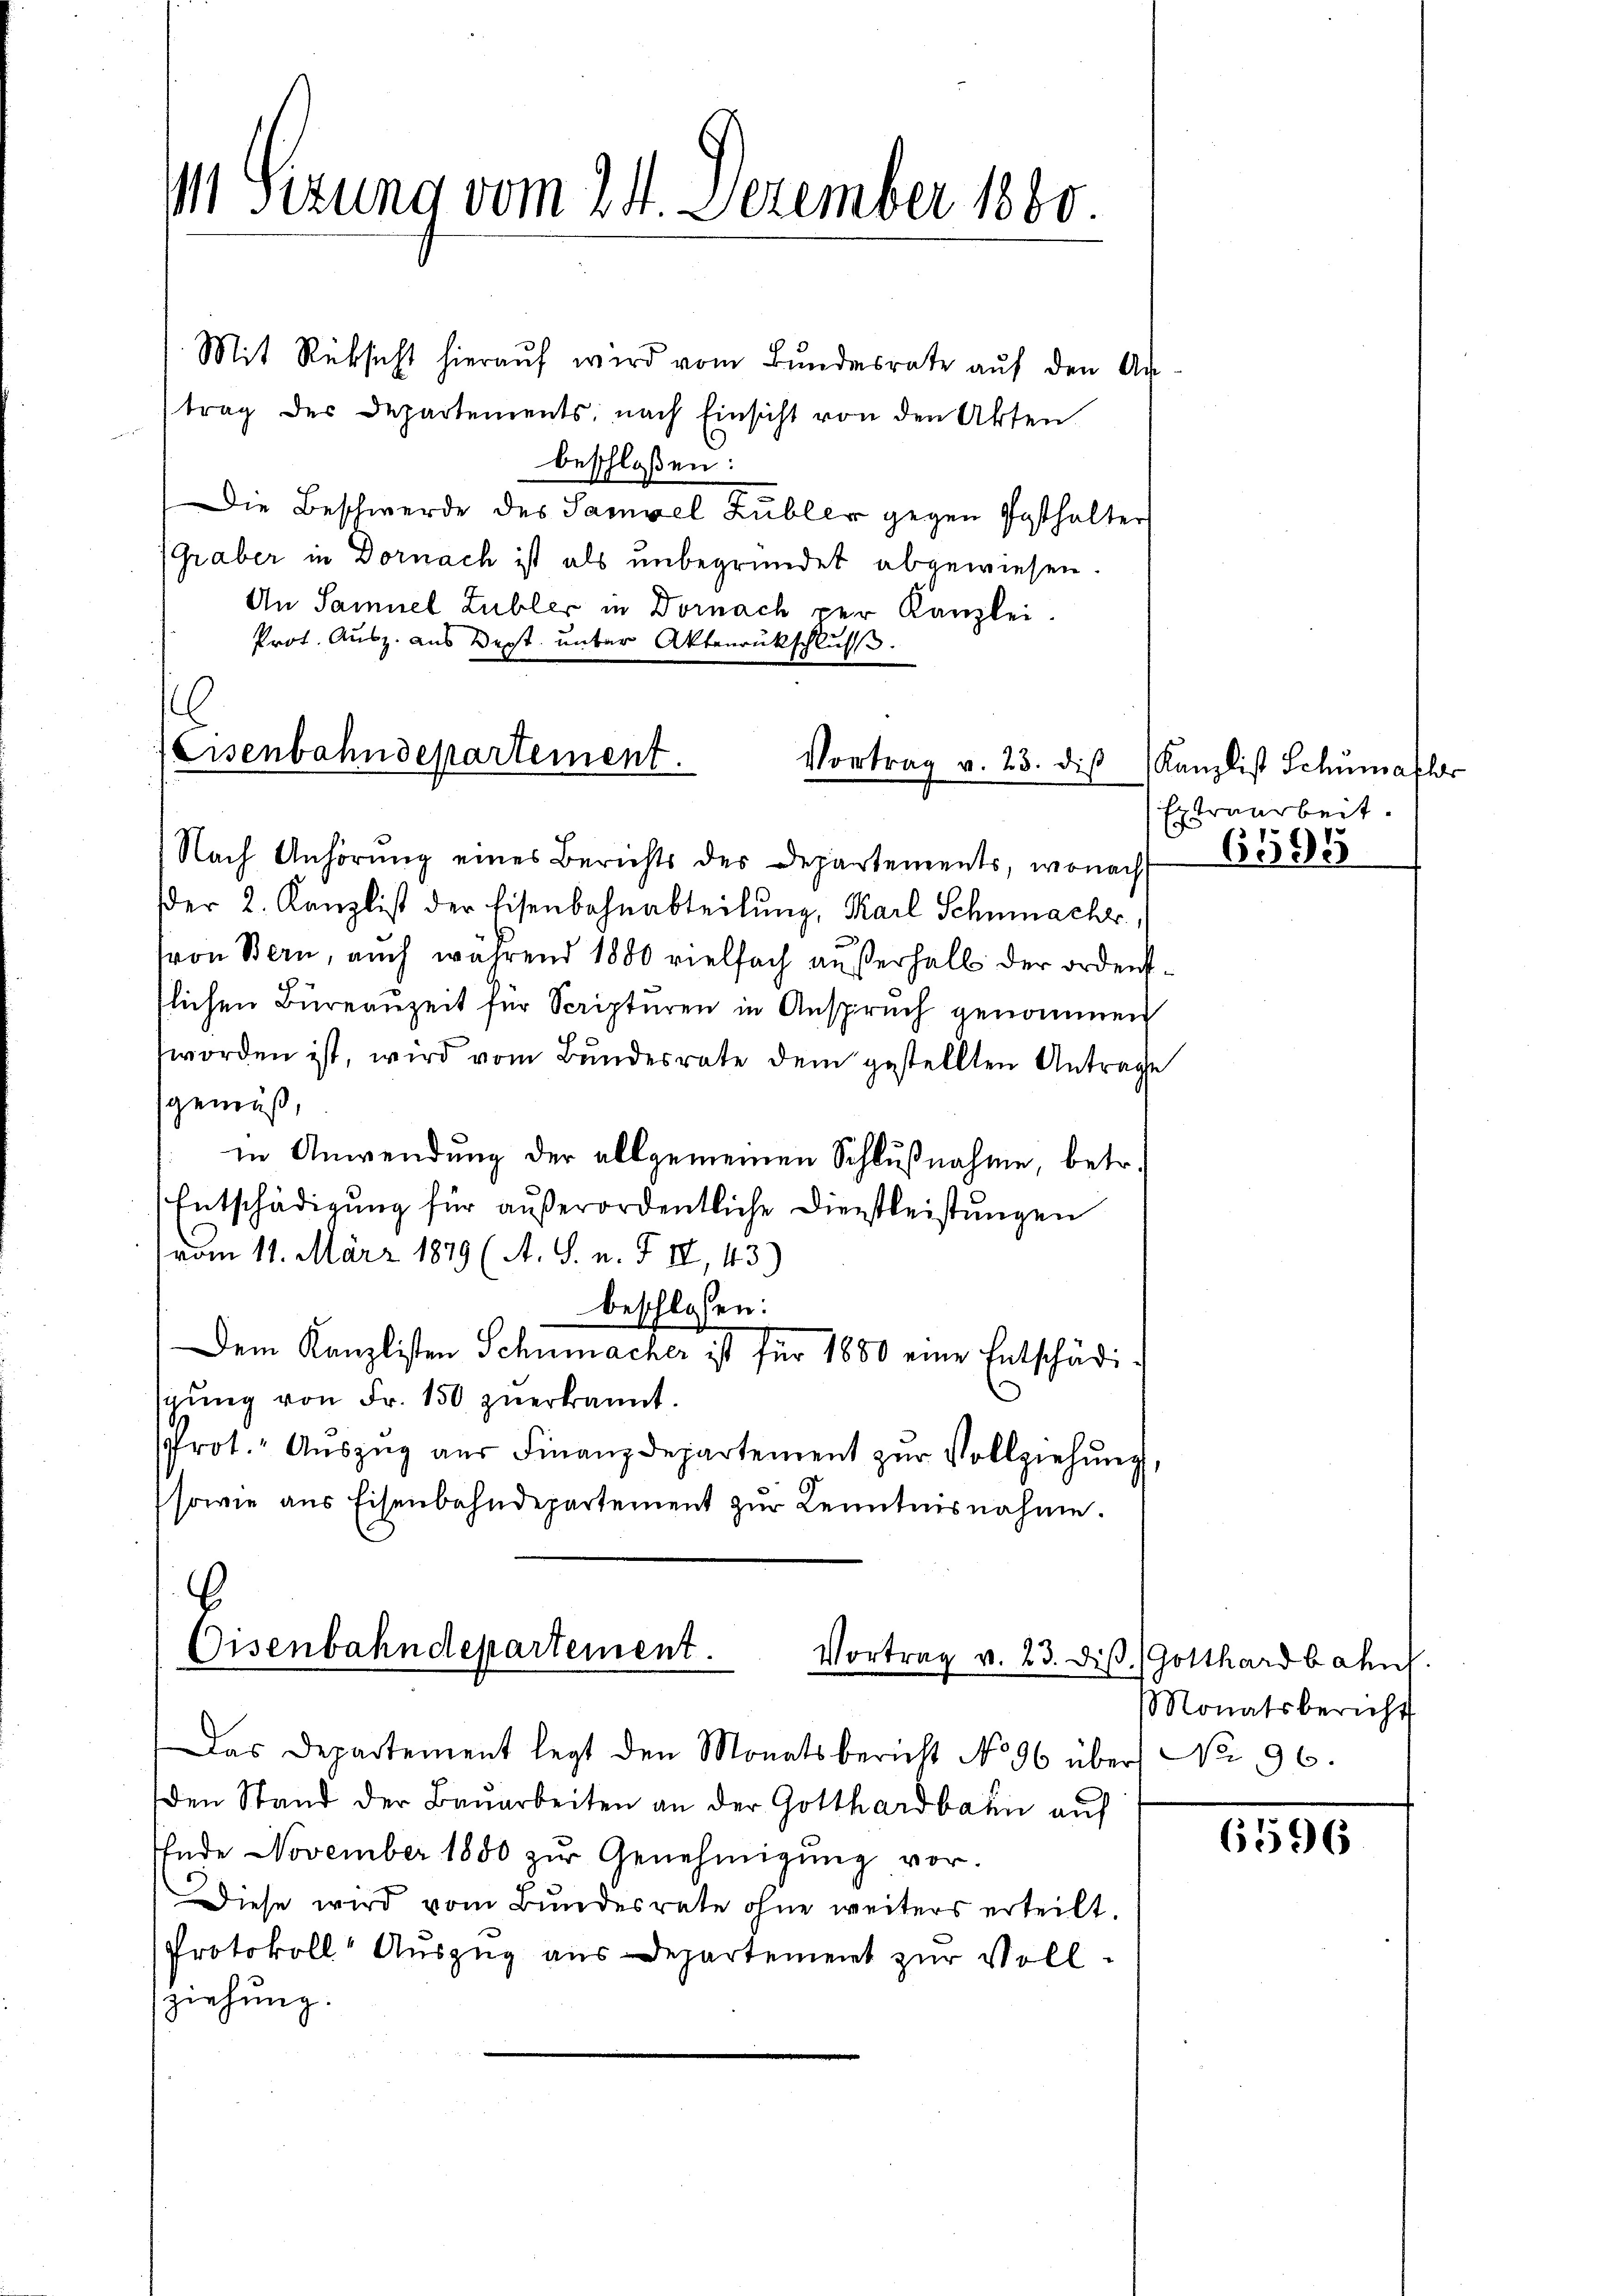
1 Sizung vom 24. Dezember 1880.

Mit Rücksicht hieraŭf wird vom Bundesrate aŭf den Ar-
trag des Departements, nach Einsicht von den Akten
beschloßen:
Die Beschwerde des Samuel Zubler gegen Posthalter
(Graber in Dornach ist als unbegründet abgewiesen.
An Samuel Lubler in Dornach per Kanzlei.
Prot. Ausz. aus Sept. unter Aktenrückschluss.
1

Eisenbahndepartement.
Vortrag v. 23. dis

b
Eisenbahndepartement.
Vortrag v. 23. dis. Gotthardbahn.

Nach Anhörung eines Berichts des Departements, wonach
der 2. Kanzlist der Eisenbahnabteilŭng, Karl Schmacht
von Bern, auch während 1880 vielfach außerhalb der ordent.
slichen Büreauzeit für Scripturen in Anspruch genommen
worden ist, wird vom Bundesrate dem gestellten Antrage
gemäß,
in Anwendung der allgemeinen Schlußnahme, betr.
Entschädigung für außerordentliche Dienstleistungen
vom 11. März 1879 (A. S. n. F. II, 43)
beschlossen:
Dem Kanzlisten Schumacher ist für 1880 eine Entschädig
gŭng von Fr. 150 zuerkannt.
Prot. Aŭszŭg aŭs Finanzdepartement zŭr Vollziehung,
sowie aus Eisenbahndepartement zur Kenntnisnahme.

Das Departement legt den Monatsbericht No 96 über No. 96.
den Stand der Bauarbeiten an der Gotthardbahn auf
Ende November 1880 zŭr Genehmigŭng vor-
Diese wird vom Bundesrate ohne weiters erteilt.
Protokoll Auszug aus Departement zur Vollziehung.

Kanzlist Schumaflr
Extraarbeit.
6595

Monatsbericht

6596